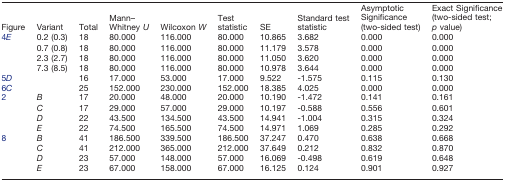
<table><thead><tr><td><b>Figure</b></td><td><b>Variant</b></td><td><b>Total</b></td><td><b>Mann–Whitney <i>U</i></b></td><td><b>Wilcoxon <i>W</i></b></td><td><b>Test statistic</b></td><td><b>SE</b></td><td><b>Standard test statistic</b></td><td><b>Asymptotic Significance (two-sided test)</b></td><td><b>Exact Significance (two-sided test; <i>p</i> value)</b></td></tr></thead><tbody><tr><td rowspan="4">4<i>E</i></td><td>0.2 (0.3)</td><td>18</td><td>80.000</td><td>116.000</td><td>80.000</td><td>10.865</td><td>3.682</td><td>0.000</td><td>0.000</td></tr><tr><td>0.7 (0.8)</td><td>18</td><td>80.000</td><td>116.000</td><td>80.000</td><td>11.179</td><td>3.578</td><td>0.000</td><td>0.000</td></tr><tr><td>2.3 (2.7)</td><td>18</td><td>80.000</td><td>116.000</td><td>80.000</td><td>11.050</td><td>3.620</td><td>0.000</td><td>0.000</td></tr><tr><td>7.3 (8.5)</td><td>18</td><td>80.000</td><td>116.000</td><td>80.000</td><td>10.978</td><td>3.644</td><td>0.000</td><td>0.000</td></tr><tr><td>5<i>D</i></td><td></td><td>16</td><td>17.000</td><td>53.000</td><td>17.000</td><td>9.522</td><td>-1.575</td><td>0.115</td><td>0.130</td></tr><tr><td>6<i>C</i></td><td></td><td>25</td><td>152.000</td><td>230.000</td><td>152.000</td><td>18.385</td><td>4.025</td><td>0.000</td><td>0.000</td></tr><tr><td rowspan="4">2</td><td><i>B</i></td><td>17</td><td>20.000</td><td>48.000</td><td>20.000</td><td>10.190</td><td>-1.472</td><td>0.141</td><td>0.161</td></tr><tr><td><i>C</i></td><td>17</td><td>29.000</td><td>57.000</td><td>29.000</td><td>10.197</td><td>-0.588</td><td>0.556</td><td>0.601</td></tr><tr><td><i>D</i></td><td>22</td><td>43.500</td><td>134.500</td><td>43.500</td><td>14.941</td><td>-1.004</td><td>0.315</td><td>0.324</td></tr><tr><td><i>E</i></td><td>22</td><td>74.500</td><td>165.500</td><td>74.500</td><td>14.971</td><td>1.069</td><td>0.285</td><td>0.292</td></tr><tr><td rowspan="4">8</td><td><i>B</i></td><td>41</td><td>186.500</td><td>339.500</td><td>186.500</td><td>37.247</td><td>0.470</td><td>0.638</td><td>0.668</td></tr><tr><td><i>C</i></td><td>41</td><td>212.000</td><td>365.000</td><td>212.000</td><td>37.649</td><td>0.212</td><td>0.832</td><td>0.870</td></tr><tr><td><i>D</i></td><td>23</td><td>57.000</td><td>148.000</td><td>57.000</td><td>16.069</td><td>-0.498</td><td>0.619</td><td>0.648</td></tr><tr><td><i>E</i></td><td>23</td><td>67.000</td><td>158.000</td><td>67.000</td><td>16.125</td><td>0.124</td><td>0.901</td><td>0.927</td></tr></tbody></table>